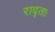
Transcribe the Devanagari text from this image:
रादृताः